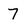
Character: 7